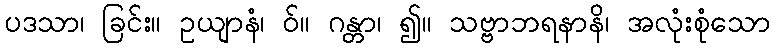
ပဒသာ၊ ခြင်း။ ဥယျာနံ၊ ဝ်။ ဂန္တာ၊ ၍။ သဗ္ဗာဘရနာနိ၊ အလုံးစုံသော